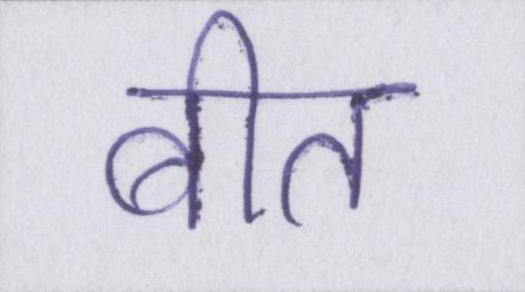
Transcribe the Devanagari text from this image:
बीत